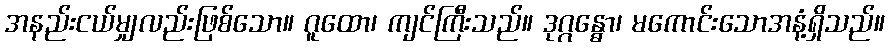
အနည်းငယ်မျှလည်းဖြစ်သော။ ဂူထော၊ ကျင်ကြီးသည်။ ဒုဂ္ဂန္ဓော၊ မကောင်းသောအနံ့ရှိသည်။